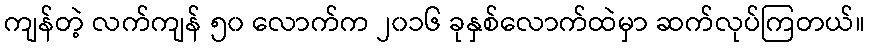
ကျန်တဲ့ လက်ကျန် ၅၀ လောက်က ၂၀၁၆ ခုနှစ်လောက်ထဲမှာ ဆက်လုပ်ကြတယ်။